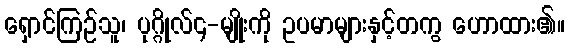
ရှောင်ကြဉ်သူ၊ ပုဂ္ဂိုလ်၄-မျိုးကို ဥပမာများနှင့်တကွ ဟောထား၏။